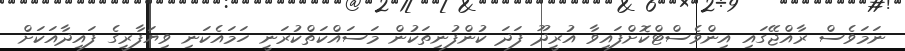
ނަމަވެސް ރާއްޖޭގައި އިންވެސްޓްކޮށްފައިވާ އުރީދޫ ފަދަ ކުންފުނިތަކުން މަސައްކަތްކުރަނީ ހަމައެކަނި ވިޔަފާރީގެ ފައިދާއަކަށް